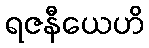
ရဇနီယေဟိ